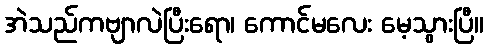
အဲသည်ကဗျာလဲပြီးရော၊ ကောင်မလေး မေ့သွားပြီ။